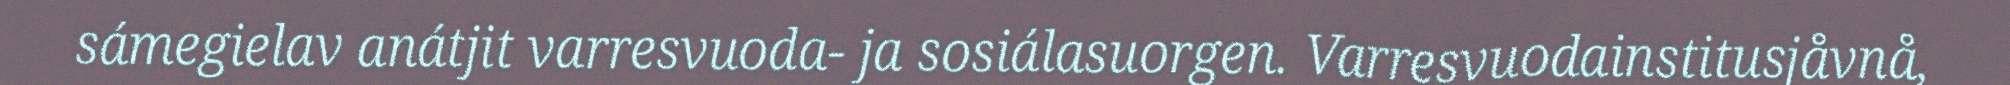
sámegielav anátjit varresvuoda- ja sosiálasuorgen. Varresvuodainstitusjåvnå,